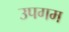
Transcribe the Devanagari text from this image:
उपगम